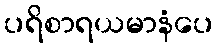
ပရိစာရယမာနံပေ